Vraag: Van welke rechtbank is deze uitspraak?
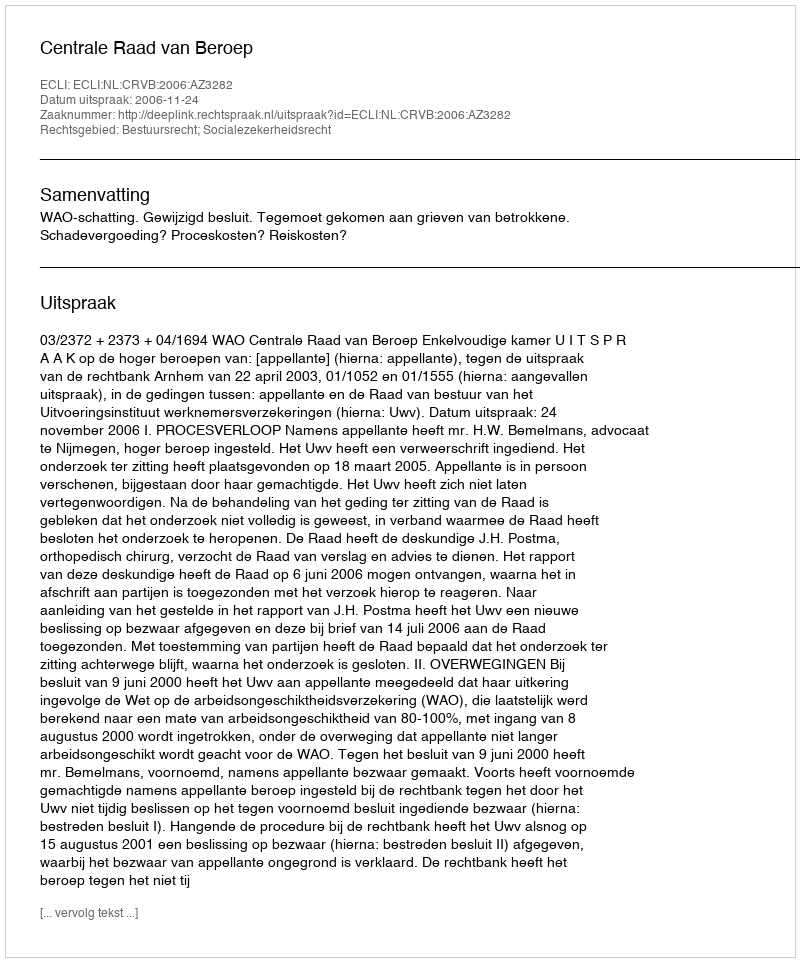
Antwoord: Centrale Raad van Beroep